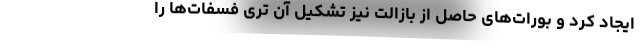
ایجاد کرد و بورات‌های حاصل از بازالت نیز تشکیل آن تری فسفات‌ها را